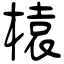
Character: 榬